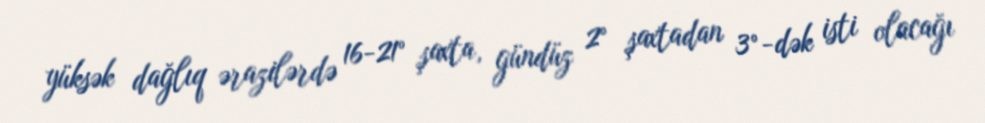
yüksək dağlıq ərazilərdə 16-21° şaxta, gündüz 2° şaxtadan 3°-dək isti olacağı